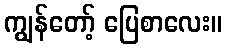
ကျွန်တော့် ပြေစာလေး။